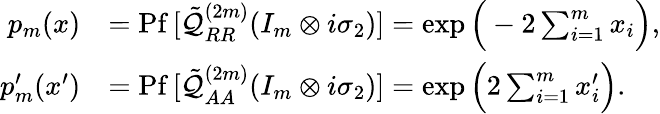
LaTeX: \begin{array}{rl}{p_{m}(x)}&{=\mathrm{Pf}\, [\tilde{\mathcal{Q}}_{RR}^{(2m)}(I_{m}\otimes i\sigma_{2})]=\exp\Big(-2\sum_{i=1}^{m}x_{i}\Big),}\\ {p_{m}^{\prime}(x^{\prime})}&{=\mathrm{Pf}\, [\tilde{\mathcal{Q}}_{AA}^{(2m)}(I_{m}\otimes i\sigma_{2})]=\exp\Big(2\sum_{i=1}^{m}x_{i}^{\prime}\Big).}\end{array}